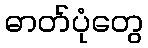
ဓာတ်ပုံတွေ